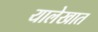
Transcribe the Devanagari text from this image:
यालेखात